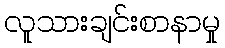
လူသားချင်းစာနာမှု